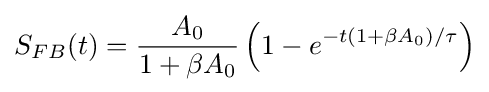
S_{FB}(t)={\frac {A_{0}}{1+\beta A_{0}}}\left(1-e^{-t(1+\beta A_{0})/\tau }\right)